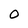
Character: O